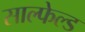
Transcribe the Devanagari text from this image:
साल्फेल्ड